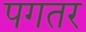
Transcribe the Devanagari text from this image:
पगतर